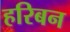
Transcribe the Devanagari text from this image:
हरिबन